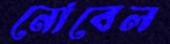
নোবেল